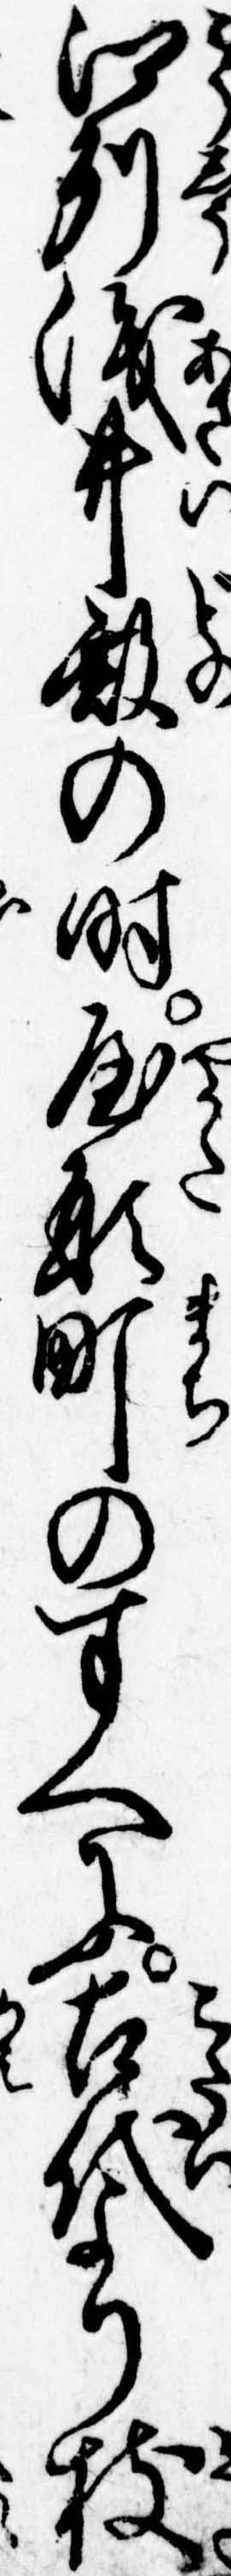
江州浅井殿の時屋形町のすへに古代より枝